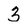
Character: 3